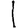
Digit: 1